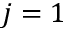
j = 1